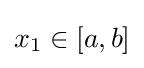
x_{1}\in [a,b]